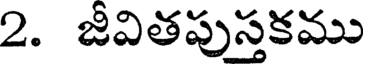
2. జీవితపుస్తకము